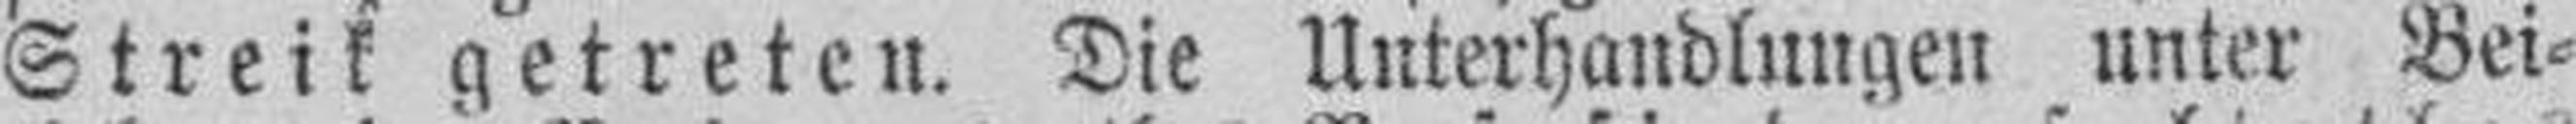
Streik getreten. Die Unterhandlungen unter Bei¬